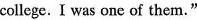
college.I was one of them."